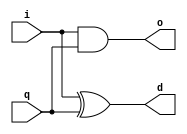
module counter_slice(
	input i, q,
	output o, d
);

and g1(o, i, q);
xor g2(d, i, q);

endmodule